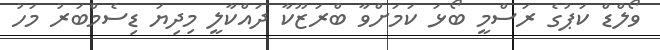
ވޯލްޑް ކަޕުގެ ރަސްމީ ބޯޅަ ކަމަށްވާ ބްރަޒޫކާ ދައްކާލީ މިދިޔަ ޑިސެމްބަރު މަހު